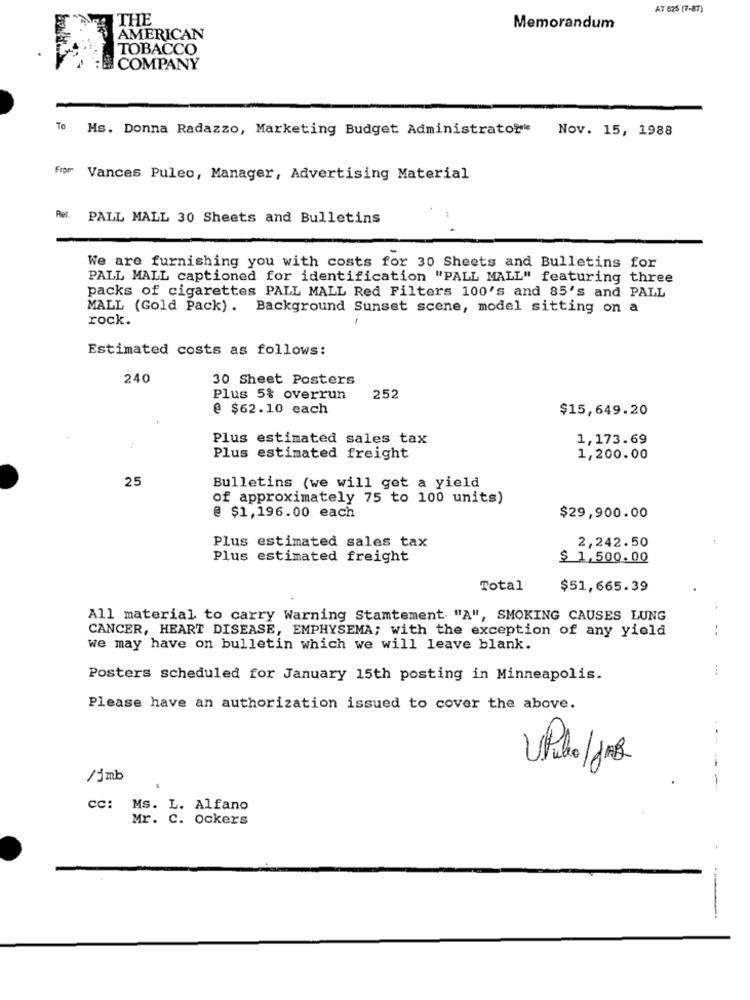
AT 625 (7-87)
THE
Memorandum
AMERICAN
TOBACCO
COMPANY
To
Ms. Donna Radazzo, Marketing Budget Administrato?"
Nov. 15, 1988
From
Vances Puleo, Manager, Advertising Material
Ref.
PALL MALL 30 Sheets and Bulletins
We are furnishing you with costs for 30 Sheets and Bulletins for
PALL MALL captioned for identification "PALL MALL" featuring three
packs of cigarettes PALL MALL Red Filters 100's and 85's and PALL
MALL (Gold Pack). Background Sunset scene, model sitting on a
rock.
-
Estimated costs as follows:
240
30 Sheet Posters
Plus 5% overrun
252
@ $62.10 each
$15,649.20
Plus estimated sales tax
1,173.69
Plus estimated freight
1,200.00
25
Bulletins (we will get a yield
of approximately 75 to 100 units)
@ $1,196.00 each
$29,900.00
Plus estimated sales tax
2,242.50
Plus estimated freight
$ 1,500.00
Total
$51,665.39
All material to carry Warning Stamtement "A", SMOKING CAUSES LUNG
CANCER, HEART DISEASE, EMPHYSEMA; with the exception of any yield
we may have on bulletin which we will leave blank.
Posters scheduled for January 15th posting in Minneapolis.
Please have an authorization issued to cover the above.
..
/jmb
-
cc: Ms. L. Alfano
Mr. C. ockers
--